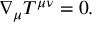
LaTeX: \nabla _ { \mu } T ^ { \mu \nu } = 0 .